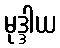
မုဒ္ဒါယ